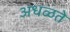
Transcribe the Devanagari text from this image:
अधळते